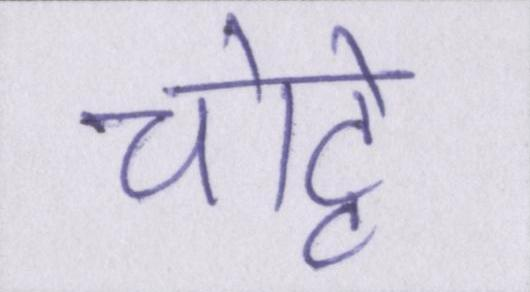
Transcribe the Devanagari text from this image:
चोट्टे